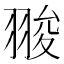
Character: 𦑁